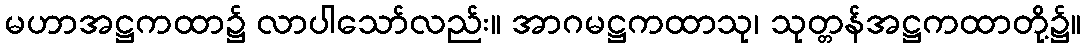
မဟာအဋ္ဌကထာ၌ လာပါသော်လည်း။ အာဂမဋ္ဌကထာသု၊ သုတ္တန်အဋ္ဌကထာတို့၌။